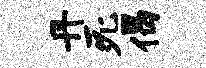
丹死偈